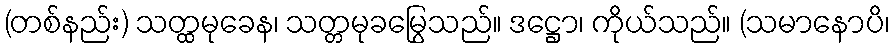
(တစ်နည်း) သတ္ထမုခေန၊ သတ္တမုခမြွေသည်။ ဒဋ္ဌော၊ ကိုယ်သည်။ (သမာနောပိ၊